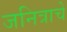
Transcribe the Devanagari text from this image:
जनित्राचे